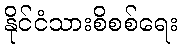
နိုင်ငံသားစိစစ်ရေး